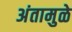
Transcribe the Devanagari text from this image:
अंतामुळे